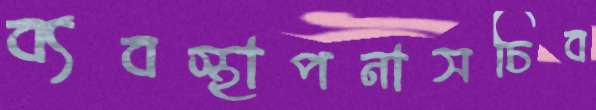
ব্যবস্থাপনাসচিব